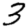
Digit: 3